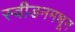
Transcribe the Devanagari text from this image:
स्वीडनमधून